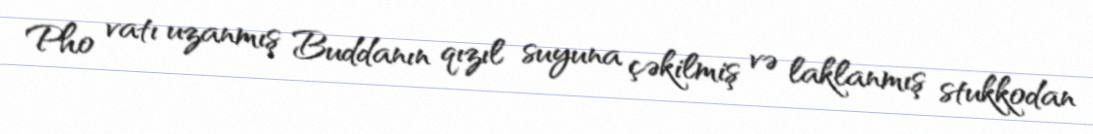
Pho vatı uzanmış Buddanın qızıl suyuna çəkilmiş və laklanmış stukkodan